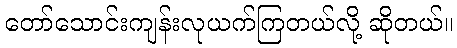
တော်သောင်းကျန်းလုယက်ကြတယ်လို့ ဆိုတယ်။